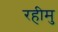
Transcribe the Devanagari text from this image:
रहीमु